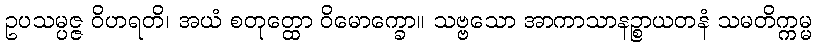
ဥပသမ္ပဇ္ဇ ဝိဟရတိ၊ အယံ စတုတ္ထော ဝိမောက္ခော။ သဗ္ဗသော အာကာသာနဉ္စာယတနံ သမတိက္ကမ္မ